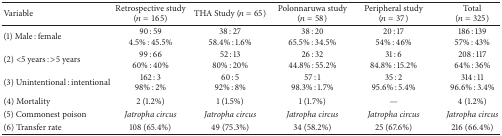
<table><thead><tr><td><b>Variable</b></td><td><b>Retrospective study (<i>n</i> = 165)</b></td><td><b>THA Study (<i>n</i> = 65)</b></td><td><b>Polonnaruwa study (<i>n</i> = 58)</b></td><td><b>Peripheral study (<i>n</i> = 37)</b></td><td><b>Total (<i>n</i> = 325)</b></td></tr></thead><tbody><tr><td>(1) Male : female</td><td>90 : 594.5% : 45.5%</td><td>38 : 2758.4% : 1.6%</td><td>38 : 2065.5% : 34.5%</td><td>20 : 1754% : 46%</td><td>186 : 13957% : 43%</td></tr><tr><td>(2) &lt;5 years : &gt;5 years</td><td>99 : 6660% : 40%</td><td>52 : 1380% : 20%</td><td>26 : 3244.8% : 55.2%</td><td>31 : 684.8% : 15.2%</td><td>208 : 11764% : 36%</td></tr><tr><td>(3) Unintentional : intentional</td><td>162 : 398% : 2%</td><td>60 : 592% : 8%</td><td>57 : 198.3% : 1.7%</td><td>35 : 295.6% : 5.4%</td><td>314 : 1196.6% : 3.4%</td></tr><tr><td>(4) Mortality</td><td>2 (1.2%)</td><td>1 (1.5%)</td><td>1 (1.7%)</td><td>—</td><td>4 (1.2%)</td></tr><tr><td>(5) Commonest poison</td><td><i>Jatropha circus</i></td><td><i>Jatropha circus</i></td><td><i>Jatropha circus</i></td><td><i>Jatropha circus</i></td><td><i>Jatropha circus</i></td></tr><tr><td>(6) Transfer rate</td><td>108 (65.4%)</td><td>49 (75.3%)</td><td>34 (58.2%)</td><td>25 (67.6%)</td><td>216 (66.4%)</td></tr></tbody></table>